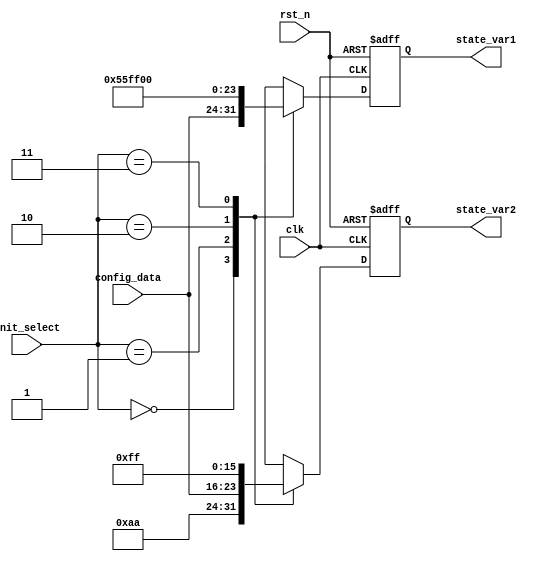
module ConfigurableInit (
    input wire clk,                 // Clock signal
    input wire rst_n,              // Active-low reset signal
    input wire [1:0] init_select,  // Input parameters for initialization
    input wire [7:0] config_data,  // Configuration data for states
    output reg [7:0] state_var1,   // State variable 1
    output reg [7:0] state_var2    // State variable 2
);

// Parameterization
parameter DEFAULT_STATE1 = 8'h00; // Default state for state_var1
parameter DEFAULT_STATE2 = 8'hFF; // Default state for state_var2

// Initialization logic
always @(posedge clk or negedge rst_n) begin
    if (!rst_n) begin
        // Reset mechanism: assign default values
        state_var1 <= DEFAULT_STATE1;
        state_var2 <= DEFAULT_STATE2;
    end else begin
        // Initialization logic based on init_select
        case (init_select)
            2'b00: begin
                state_var1 <= config_data; // Initialize state_var1 with config_data
                state_var2 <= 8'hAA;        // Example fixed value for state_var2
            end
            2'b01: begin
                state_var1 <= 8'h55;        // Example fixed value for state_var1
                state_var2 <= config_data;  // Initialize state_var2 with config_data
            end
            2'b10: begin
                state_var1 <= 8'hFF;        // Another fixed value for state_var1
                state_var2 <= 8'h00;        // Another fixed value for state_var2
            end
            2'b11: begin
                state_var1 <= DEFAULT_STATE1; // Assign default state
                state_var2 <= DEFAULT_STATE2; // Assign default state
            end
            default: begin
                state_var1 <= DEFAULT_STATE1; // Default case
                state_var2 <= DEFAULT_STATE2;
            end
        endcase
    end
end

endmodule